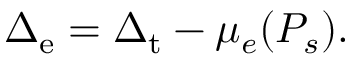
\Delta _ { \mathrm { e } } = \Delta _ { \mathrm { t } } - \mu _ { e } ( P _ { s } ) .